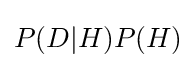
P(D|H)P(H)